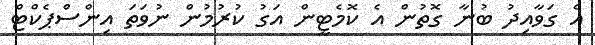
އެ ގަވާއިދު ބުނާ ގޮތުން އެ ކޮމެޓީން އަގު ކުރުމުން ނުވަތަ އިންސްޕެކްޓް